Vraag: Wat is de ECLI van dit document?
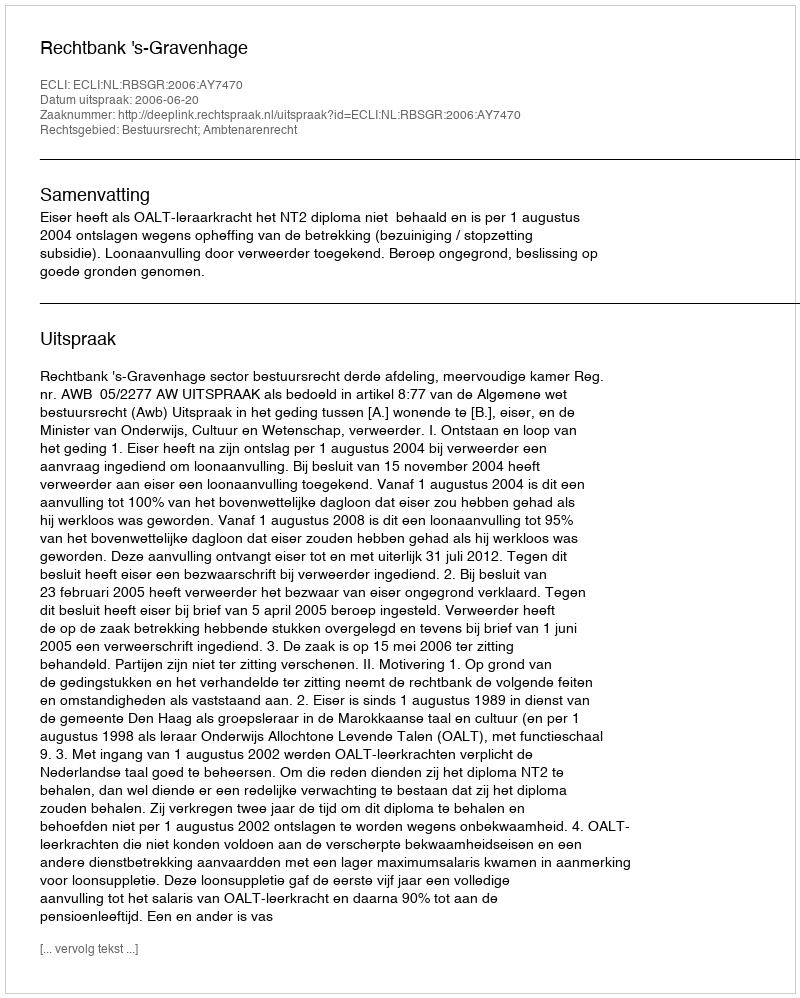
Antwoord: ECLI:NL:RBSGR:2006:AY7470